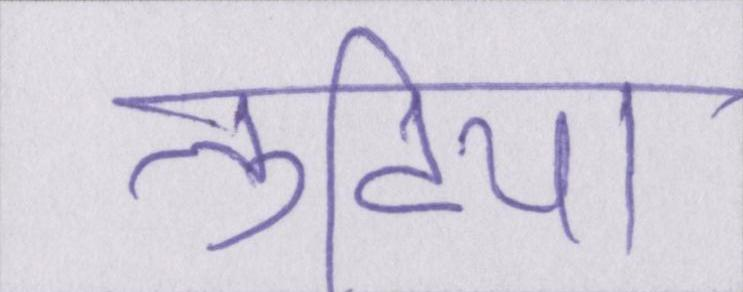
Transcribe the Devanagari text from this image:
लुटिया